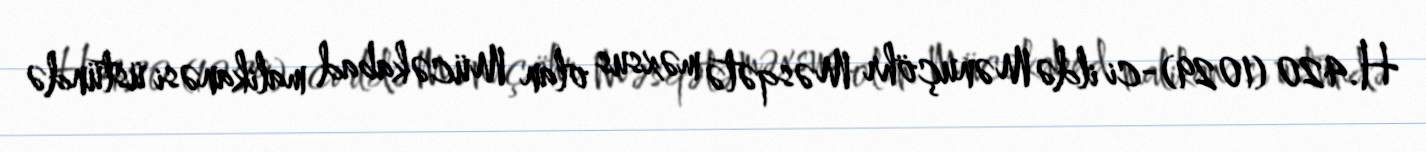
H.420 (1029)-ci ildə Mənuçöhr Məsqətə məxsus olan Mücəkabad malikanəsi üstündə